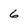
Character: 6